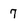
Character: 7